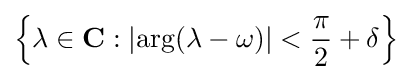
\left\{\lambda \in \mathbf {C} :|\mathrm {arg} (\lambda -\omega )|<{\frac {\pi }{2}}+\delta \right\}